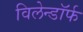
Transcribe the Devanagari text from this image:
विलेन्डॉर्फ